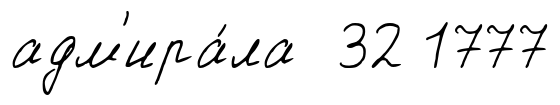
адм'ира́ла 32 1777